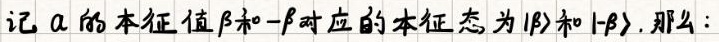
记 $\alpha$ 的本征值 $\beta$ 和 $-\beta$ 对应的本征态为 $|\beta\rangle$ 和 $|-\beta\rangle$. 那么: